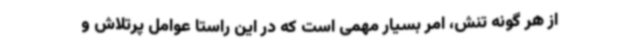
از هر گونه تنش، امر بسیار مهمی است که در این راستا عوامل پرتلاش و